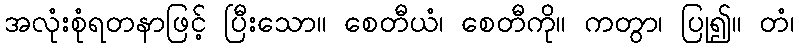
အလုံးစုံရတနာဖြင့် ပြီးသော။ စေတီယံ၊ စေတီကို။ ကတွာ၊ ပြု၍။ တံ၊